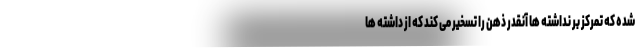
شده که تمرکز بر نداشته ها آنقدر ذهن را تسخیر می کند که از داشته ها